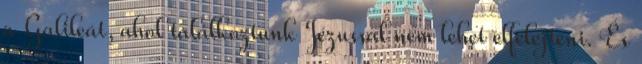
a Galileát, ahol találkoztunk Jézussal nem lehet elfelejteni. És